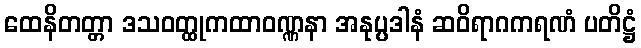
ထေနိတတ္တာ ဒသဝတ္ထုကထာဝဏ္ဏနာ အနုပ္ပဒါနံ ဆဝိရာဂကရဏံ ပတိဋ္ဌံ